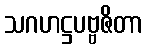
သဂဟဋ္ဌပဗ္ဗဇိတာ